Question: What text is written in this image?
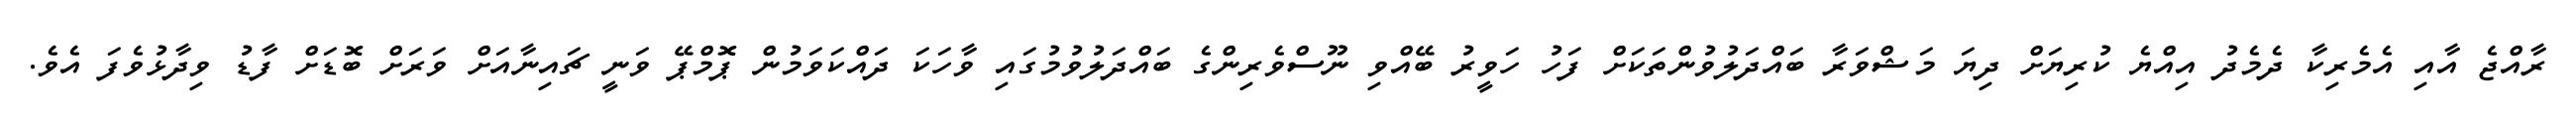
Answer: ރާއްޖެ އާއި އެމެރިކާ ދެމެދު އިއްޔެ ކުރިޔަށް ދިޔަ މަޝްވަރާ ބައްދަލުވުންތަކަށް ފަހު ހަވީރު ބޭއްވި ނޫސްވެރިންގެ ބައްދަލުވުމުގައި ވާހަކަ ދައްކަވަމުން ޕޮމްޕޭ ވަނީ ޗައިނާއަށް ވަރަށް ބޮޑަށް ފާޑު ވިދާޅުވެފަ އެވެ.